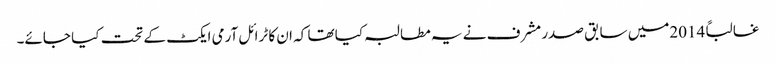
غالباً 2014میں سابق صدر مشرف نے یہ مطالبہ کیا تھا کہ ان کا ٹرائل آرمی ایکٹ کے تحت کیا جائے۔